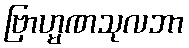
ဗြာဟ္မဏသုလဘာ